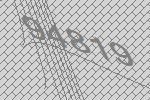
94819